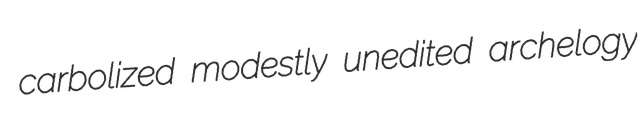
carbolized modestly unedited archelogy